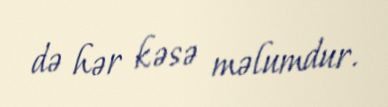
də hər kəsə məlumdur.